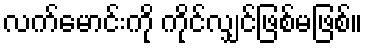
လက်မောင်းကို ကိုင်လျှင်ဖြစ်မဖြစ်။